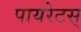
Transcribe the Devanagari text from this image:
पायरेटस्